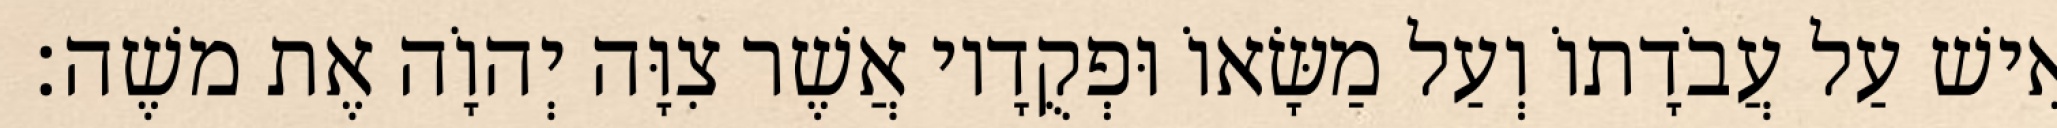
אִישׁ עַל עֲבֹדָתוֹ וְעַל מַשָּׂאוֹ וּפְקֻדָיו אֲשֶׁר צִוָּה יְהוָֹה אֶת משֶׁה׃